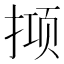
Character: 𫽙